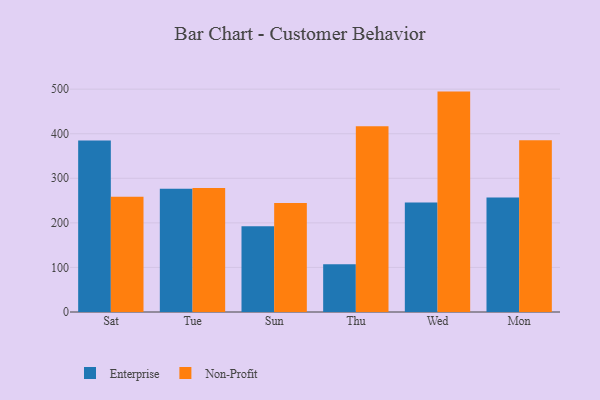
{"axis": {"x": "Day", "y": "Operating Costs (USD K)"}, "legend": ["Enterprise", "Non-Profit"], "data": [{"x": "Sat", "y": 384.9, "type": "Enterprise"}, {"x": "Sat", "y": 258.7, "type": "Non-Profit"}, {"x": "Tue", "y": 276.3, "type": "Enterprise"}, {"x": "Tue", "y": 278.3, "type": "Non-Profit"}, {"x": "Sun", "y": 192.6, "type": "Enterprise"}, {"x": "Sun", "y": 244.3, "type": "Non-Profit"}, {"x": "Thu", "y": 106.9, "type": "Enterprise"}, {"x": "Thu", "y": 416.9, "type": "Non-Profit"}, {"x": "Wed", "y": 245.9, "type": "Enterprise"}, {"x": "Wed", "y": 494.5, "type": "Non-Profit"}, {"x": "Mon", "y": 257.1, "type": "Enterprise"}, {"x": "Mon", "y": 385.5, "type": "Non-Profit"}]}